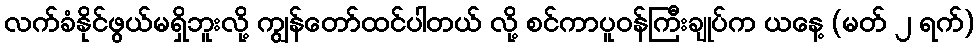
လက်ခံနိုင်ဖွယ်မရှိဘူးလို့ ကျွန်တော်ထင်ပါတယ် လို့ စင်ကာပူဝန်ကြီးချုပ်က ယနေ့ (မတ် ၂ ရက်)